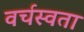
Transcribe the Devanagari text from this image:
वर्चस्वता